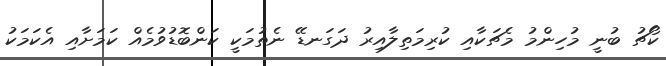
ކޯޗު ބުނީ މުހިންމު މެޗަކާއި ކުރިމަތިލާއިރު ދަގަނޑޭ ނެތުމަކީ ކަންބޮޑުވުމެއް ކަމަށާއި އެކަމަކު